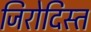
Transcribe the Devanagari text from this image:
जिरोदिस्त